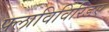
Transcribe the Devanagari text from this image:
फ्लाविविरिडए